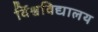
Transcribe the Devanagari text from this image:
र्विश्वविद्यालय